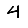
Digit: 4